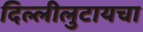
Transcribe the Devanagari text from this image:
दिल्लीलुटायचा